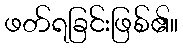
ဖတ်ရခြင်းဖြစ်၏။